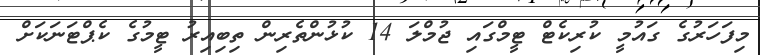
މިފަހަރުގެ ގައުމީ ކުރިކެޓް ޓީމްގައި ޖުމްލަ 14 ކުޅުންތެރިން ތިބިއިރު ޓީމުގެ ކެޕްޓަނަކަށް